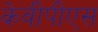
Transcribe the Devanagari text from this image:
केवीपीएस